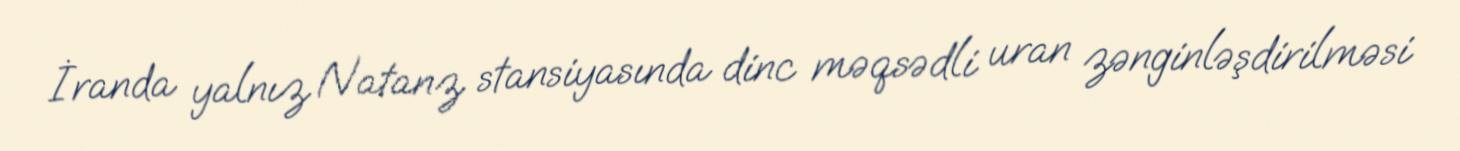
İranda yalnız Natanz stansiyasında dinc məqsədli uran zənginləşdirilməsi